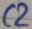
Text: C2